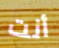
أنت